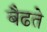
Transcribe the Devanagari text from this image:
बैढते